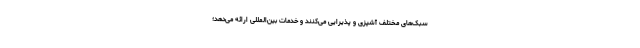
سبک‌های مختلف آشپزی و پذیرایی می‌کنند و خدمات بین‌المللی ارائه می‌دهد؛